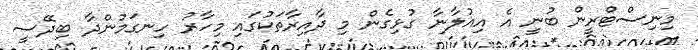
މިނިސްޓްރީން ބުނީ އެ އިއުލާނާ ގުޅިގެން މި ދާއިރާތަކުގައި މިހާރު ހިނގަމުންދާ ބިދޭސީ